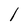
Character: l